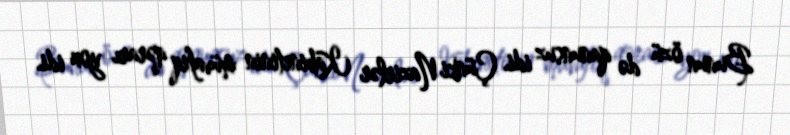
Bunun özü də qanunsuz idi. Çünki Nazirlər Kabinetinin müvafiq qərarı yox idi.